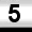
Digit: 5